Indian journal of veterinary science and animal husbandry - Volume 10,
Year: 1940
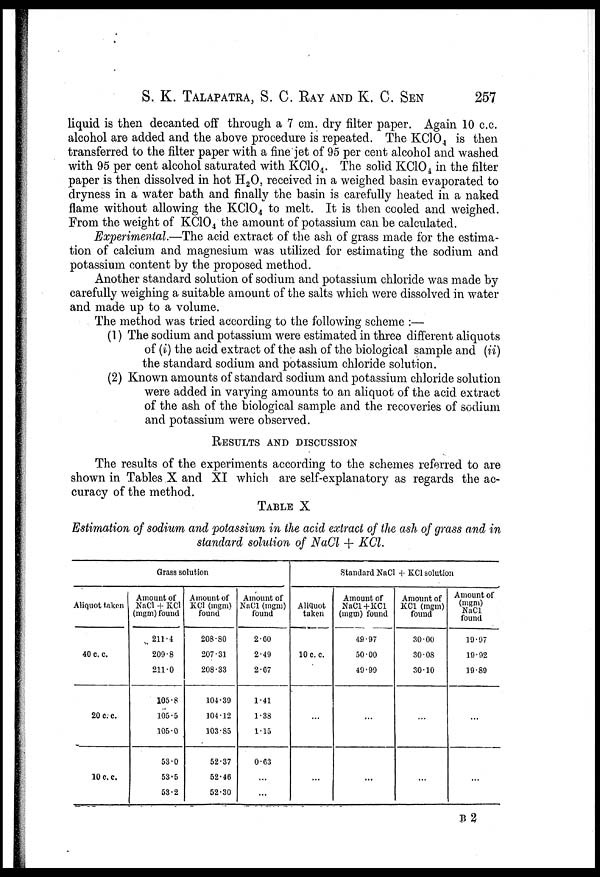
S. K. TALAPATRA, S. C. RAY AND K. C. SEN
257
liquid is then decanted off through a 7 cm. dry filter paper. Again 10 c.c.
alcohol are added and the above procedure is repeated. The KClO 4 is then
transferred to the filter paper with a fine jet of 95 per cent alcohol and washed
with 95 per cent alcohol saturated with KClO 4 . The solid KClO 4 in the filter
paper is then dissolved in hot H 2 O, received in a weighed basin evaporated to
dryness in a water bath and finally the basin is carefully heated in a naked
flame without allowing the KClO 4 to melt. It is then cooled and weighed.
From the weight of KClO 4 the amount of potassium can be calculated.
Experimental.—The acid extract of the ash of grass made for the estima-
tion of calcium and magnesium was utilized for estimating the sodium and
potassium content by the proposed method.
Another standard solution of sodium and potassium chloride was made by
carefully weighing a suitable amount of the salts which were dissolved in water
and made up to a volume.
The method was tried according to the following scheme :—
(1) The sodium and potassium were estimated in three different aliquots
of (i) the acid extract of the ash of the biological sample and (ii)
the standard sodium and potassium chloride solution.
(2) Known amounts of standard sodium and potassium chloride solution
were added in varying amounts to an aliquot of the acid extract
of the ash of the biological sample and the recoveries of sodium
and potassium were observed.
RESULTS AND DISCUSSION
The results of the experiments according to the schemes referred to are
shown in Tables X and XI which are self-explanatory as regards the ac-
curacy of the method.
TABLE X
Estimation of sodium and potassium in the acid extract of the ash of grass and in
standard solution of NaCl + KCl.
Grass solution
Aliquot taken
40 c. c.
20 c. c.
10 c. c.
Amount of
NaCl + KCl
(mgm) found
211.4
209.8
211.0
105.8
105.5
105.0
53.0
53.5
53.2
Amount of
KCl (mgm)
found
208.80
207.31
208.33
104.39
104.12
103.85
52.37
52.46
52.30
Amount of
NaCl (mgm)
found
2.60
2.49
2.67
1.41
1.38
1.15
0.63
. . .
. . .
Standard NaCl + KCl solution
Aliquot
taken
10 c. c.
. . .
. . .
Amount of
NaCl+KCl
(mgm) found
49.97
50.00
49.99
. . .
. . .
Amount of
KC1 (mgm)
found
30.00
30.08
30.10
. . .
. . .
Amount of
(mgm)
found
19.97
19.92
19.89
. . .
. . .
B 2